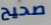
صحيح